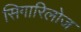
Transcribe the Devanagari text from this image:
सिगारिलोज